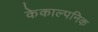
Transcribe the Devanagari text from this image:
केकाल्पनिक